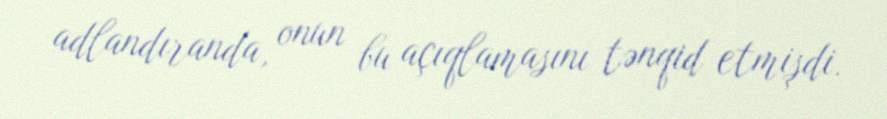
adlandıranda, onun bu açıqlamasını tənqid etmişdi.